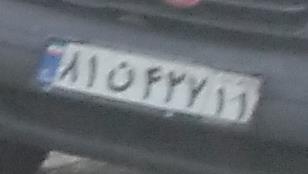
۸۱ن۴۲۷۱۱